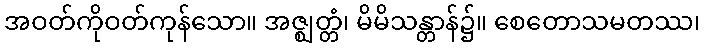
အဝတ်ကိုဝတ်ကုန်သော။ အဇ္ဈတ္တံ၊ မိမိသန္တာန်၌။ စေတောသမတဿ၊